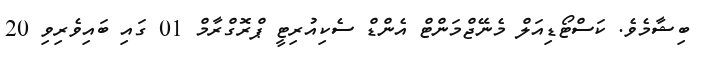
ބިޝާމެވެ. ކަސްޓޯޑިއަލް މެނޭޖްމަންޓް އެންޑް ސެކިއުރިޓީ ޕްރޮގްރާމް 01 ގައި ބައިވެރިވި 20